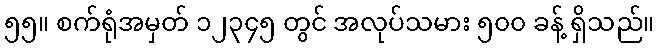
၅၅။ စက်ရုံအမှတ် ၁၂၃၄၅ တွင် အလုပ်သမား ၅၀၀ ခန့် ရှိသည်။